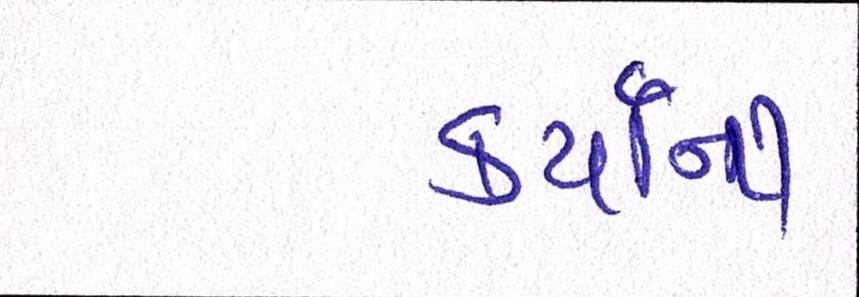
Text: કયર્નિી